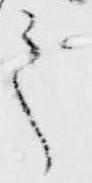
之